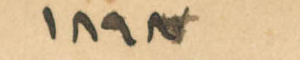
1897